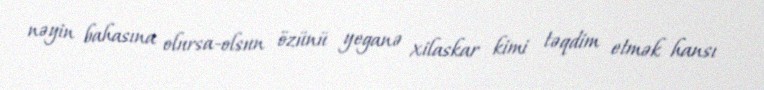
nəyin bahasına olursa-olsun özünü yeganə xilaskar kimi təqdim etmək hansı